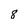
Character: 8